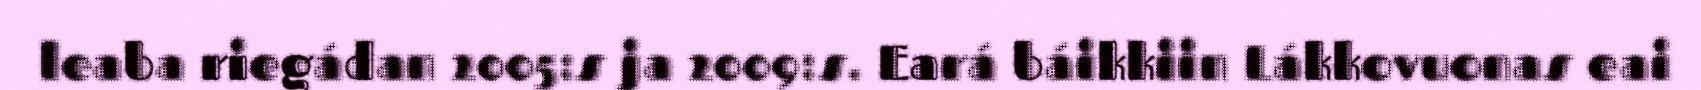
leaba riegádan 2005:s ja 2009:s. Eará báikkiin Lákkovuonas eai